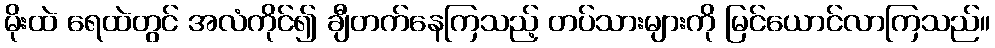
မိုးထဲ ရေထဲတွင် အလံကိုင်၍ ချီတက်နေကြသည့် တပ်သားများကို မြင်ယောင်လာကြသည်။